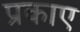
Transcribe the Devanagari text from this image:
प्रकाए